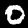
Label: 0